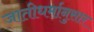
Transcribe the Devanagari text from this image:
जातीधर्मानुसार